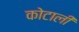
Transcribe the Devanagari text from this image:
कोटाली